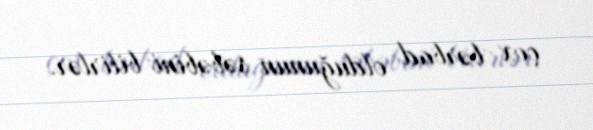
çox bərbad olduğunun səbəbini bilirlər.